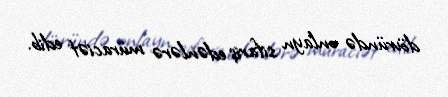
dövründə onlayn sifariş edənlərə müraciət edib.